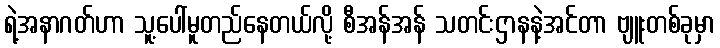
ရဲ့အနာဂတ်ဟာ သူ့ပေါ်မူတည်နေတယ်လို့ စီအန်အန် သတင်းဌာနနဲ့အင်တာ ဗျူးတစ်ခုမှာ